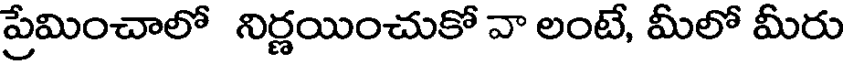
ప్రేమించాలో నిర్ణయించుకో వా లంటే, మీలో మీరు